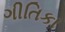
ગીતિકા